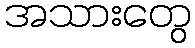
အသားတွေ